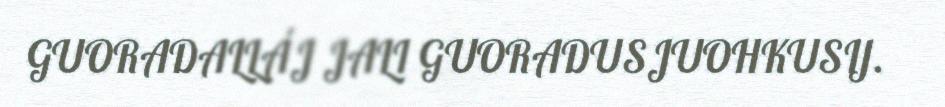
GUORADALLÁJ JALI GUORADUSJUOHKUSIJ.